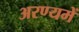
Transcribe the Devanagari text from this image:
अरण्यमें